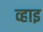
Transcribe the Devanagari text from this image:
व्हाइ